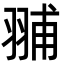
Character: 䎍